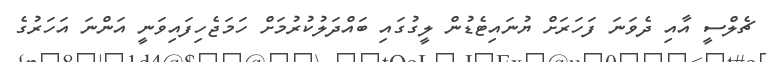
ޗެލްސީ އާއި ދެވަނަ ފަހަރަށް ޔުނައިޓެޑުން ލީގުގައި ބައްދަލުކުރުމަށް ހަމަޖެހިފައިވަނީ އަންނަ އަހަރުގެ